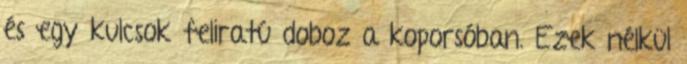
és egy kulcsok feliratú doboz a koporsóban. Ezek nélkül